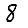
Digit: 8